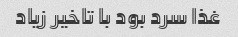
غذا سرد بود با تاخیر زیاد